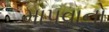
માપવાનો